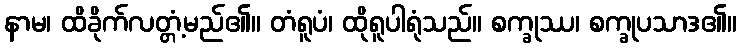
နာမ၊ ထိခိုက်လတ္တံ့မည်၏။ တံရူပံ၊ ထိုရူပါရုံသည်။ စက္ခုဿ၊ စက္ခုပသာဒ၏။